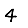
Digit: 4